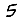
Digit: 5